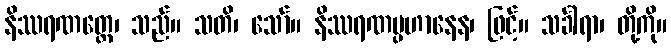
နိဿရဏတ္တေ၊ သည်။ သတိ၊ သော်။ နိဿရဏပ္ပဟာနေန၊ ဖြင့်။ သင်္ခါရာ၊ တို့ကို။